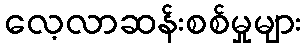
လေ့လာဆန်းစစ်မှုများ